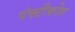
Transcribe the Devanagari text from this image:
पंक्टीकोल